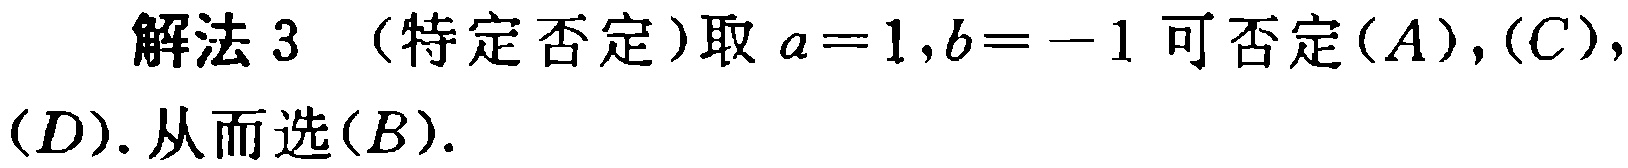
解法 3 （特定否定）取 \(a = 1,b = - 1\) 可否定\((A),(C),(D)\). 从而选\((B)\).